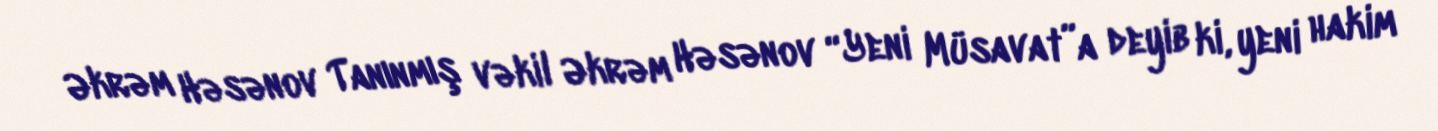
Əkrəm Həsənov Tanınmış vəkil Əkrəm Həsənov “Yeni Müsavat”a deyib ki, yeni hakim